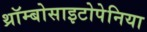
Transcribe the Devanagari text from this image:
थ्रॉम्बोसाइटोपेनिया